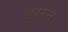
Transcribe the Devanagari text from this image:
ङारने